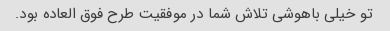
تو خیلی باهوشی تلاش شما در موفقیت طرح فوق العاده بود.